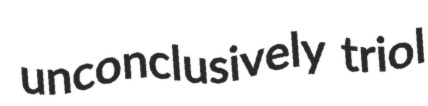
unconclusively triol